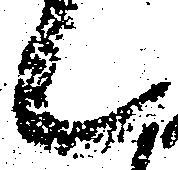
候